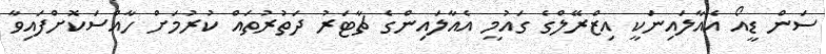
ސަން ޑީއޯ އެއާލައިނަކީ އިޒްރޭލްގެ ގައުމީ އެއާލައިންގެ ޗާޓަރު ދަތުރުތައް ކުރުމަށް ހާއްސަކޮށްފައިވާ